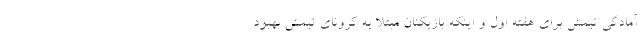
آمادگی تیمش برای هفته اول و اینکه بازیکنان مبتلا به کرونای تیمش بهبود